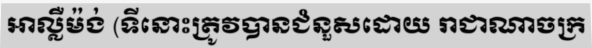
អាល្លឺម៉ង់ (ទីនោះត្រូវបានជំនួសដោយ រាជាណាចក្រ